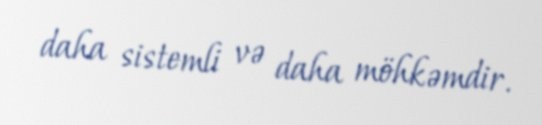
daha sistemli və daha möhkəmdir.